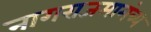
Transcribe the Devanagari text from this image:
नागराजमामंत्र्य